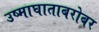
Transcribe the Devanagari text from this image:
उष्माघाताबरोबर